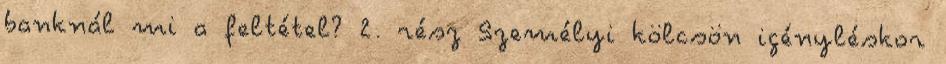
banknál mi a feltétel? 2. rész Személyi kölcsön igényléskor